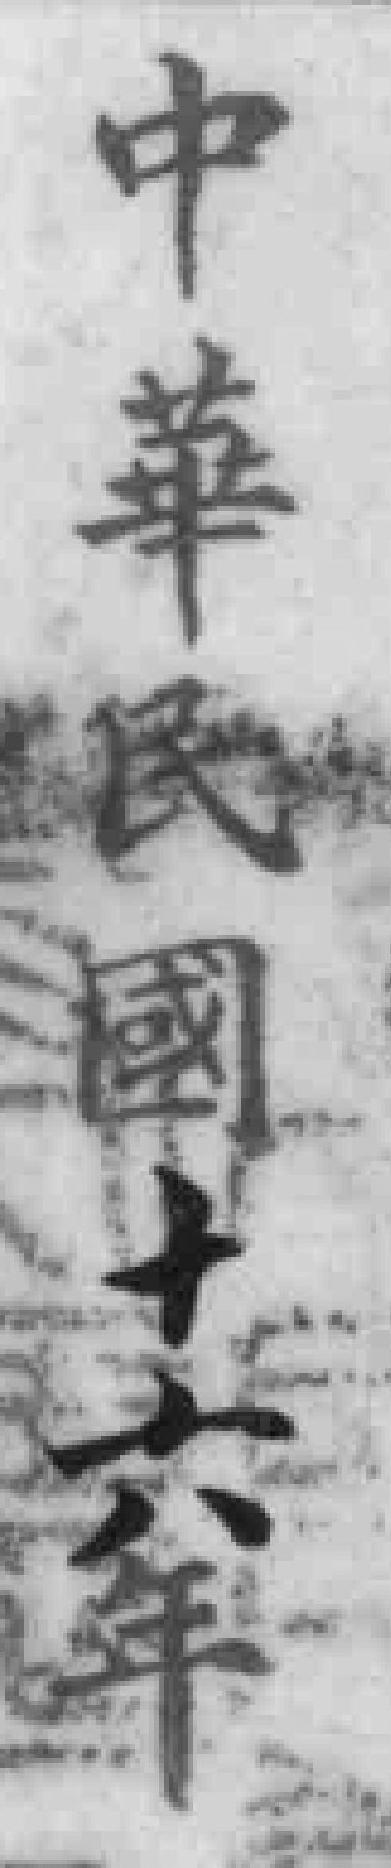
中華民國十六年